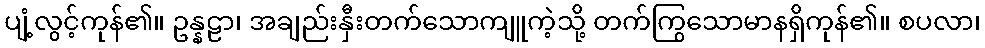
ပျံ့လွင့်ကုန်၏။ ဥန္နဠာ၊ အချည်းနှီးတက်သောကျူကဲ့သို့ တက်ကြွသောမာနရှိကုန်၏။ စပလာ၊